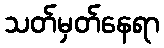
သတ်မှတ်နေရာ